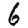
Digit: 6